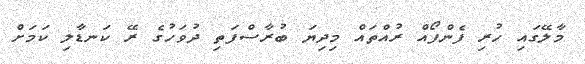
މާލޭގައި ހުރި ފެންފޯއް ރުއްތައް މިދިޔަ ބުރާސްފަތި ދުވަހުގެ ރޭ ކަނޑާލި ކަމަށް